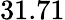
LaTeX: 31.71